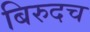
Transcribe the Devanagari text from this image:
बिरुदच